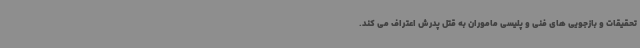
تحقیقات و بازجویی های فنی و پلیسی ماموران به قتل پدرش اعتراف می کند.